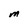
Character: M